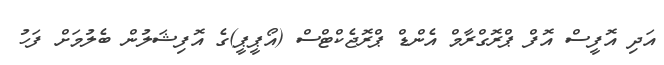
އަދި އޮފީސް އޮފް ޕްރޮގްރާމް އެންޑް ޕްރޮޖެކްޓްސް (އޯޕީޕީ)ގެ އޮފިޝަލުން ބެލުމަށް ފަހު